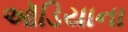
ઑડિયાના